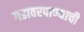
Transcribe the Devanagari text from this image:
गडावरपाण्याची